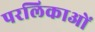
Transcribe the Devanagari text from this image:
परलिकाओं